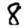
Digit: 8